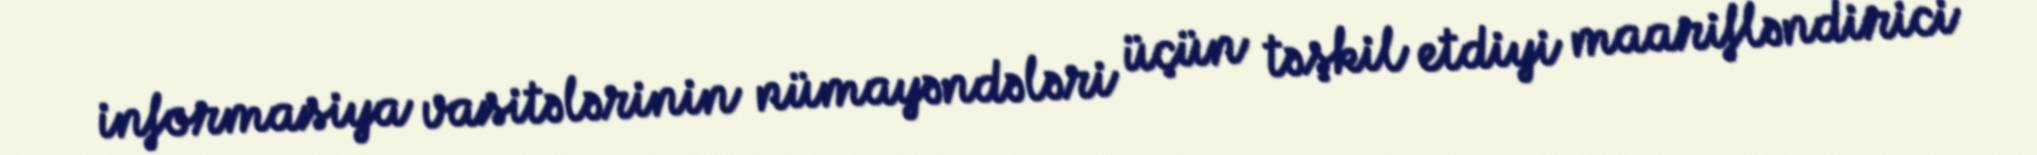
informasiya vasitələrinin nümayəndələri üçün təşkil etdiyi maarifləndirici